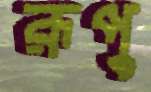
রূপু